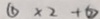
\textcircled { 1 } \times 2 + \textcircled { 2 }